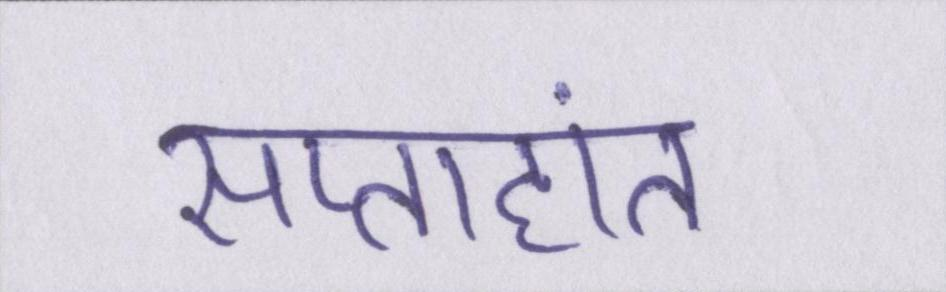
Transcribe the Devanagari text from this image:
सप्ताहांत